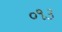
૦૧૩